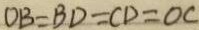
O B = B D = C D = O C